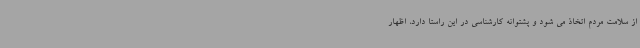
از سلامت مردم اتخاذ می شود و پشتوانه کارشناسی در این راستا دارد، اظهار